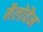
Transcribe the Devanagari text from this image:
मैलोवैन